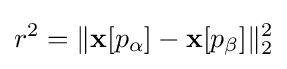
r^{2}=\|\mathbf {x} [p_{\alpha }]-\mathbf {x} [p_{\beta }]\|_{2}^{2}